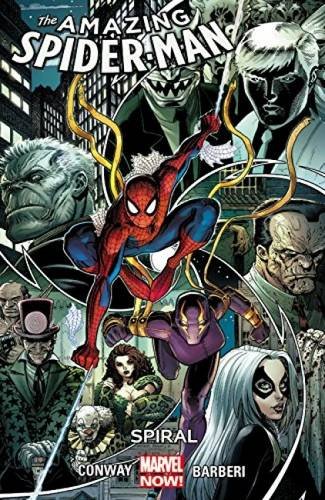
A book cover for Amazing Spider-Man Vol. 5: Spiral; Marvel Comics; Comics & Graphic Novels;